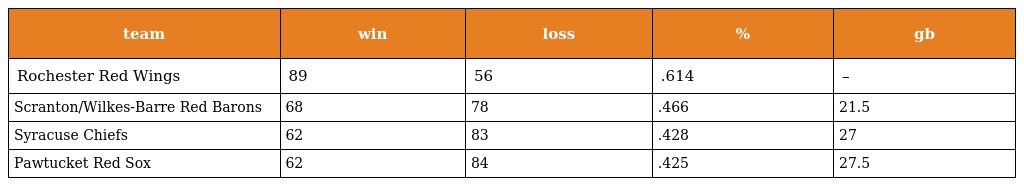
| team | win | loss | % | gb |
 | --- | --- | --- | --- | --- |
 | Rochester Red Wings | 89 | 56 | .614 | – |
 | Scranton/Wilkes-Barre Red Barons | 68 | 78 | .466 | 21.5 |
 | Syracuse Chiefs | 62 | 83 | .428 | 27 |
 | Pawtucket Red Sox | 62 | 84 | .425 | 27.5 |